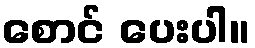
စောင် ပေးပါ။